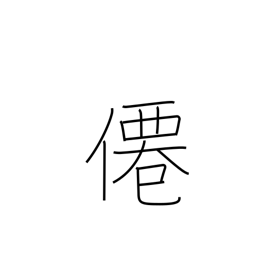
Meaning: hermit